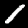
Digit: 1